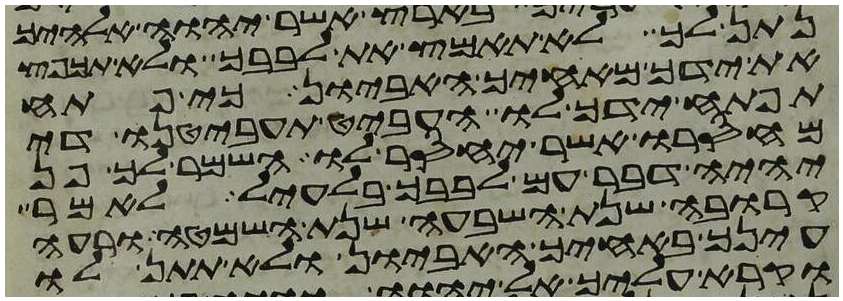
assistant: נתן לך לא תאמץ את לבבך ולא תכפץ
את ידך מאחיך האביון כי פתח
תפתח ידך לו העביט תעביטנו די
מחסרו אשר יחסר לו השמר לך פן
יהיה דבר עם לבבך בלעיל לאמר
קרובה שנת השבעה שנת השמטה ורעה
עינך באחיך האביון ולא תתן לו